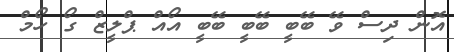
އޮން ދިސް ވޭ ބޭބީ ބޭބީ ބޭބީ އޯއް ޕްލީޒް ގޯ ހޯމް